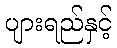
ပျားရည်နှင့်